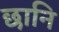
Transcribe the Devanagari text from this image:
छानि